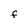
Character: F